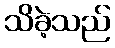
သိခဲ့သည်